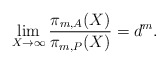
\begin{align*} \lim_{X\to \infty} \frac{\pi_{m,A}(X)}{\pi_{m,P}(X)}=d^{m}.\end{align*}